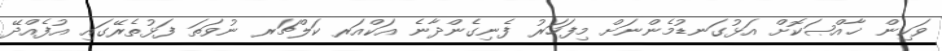
ވަކިން ޚާއްޞަކޮށް އަޅުގަނޑުމެންނަށް މިފަހަރު ފެނިގެންދާނެ އަކްއަރ ކަލްޗަރ ނުވަތަ ފަޅުތެރޭގައި އުފެއްދޭ